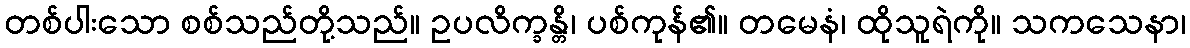
တစ်ပါးသော စစ်သည်တို့သည်။ ဥပလိက္ခန္တိ၊ ပစ်ကုန်၏။ တမေနံ၊ ထိုသူရဲကို။ သကသေနာ၊